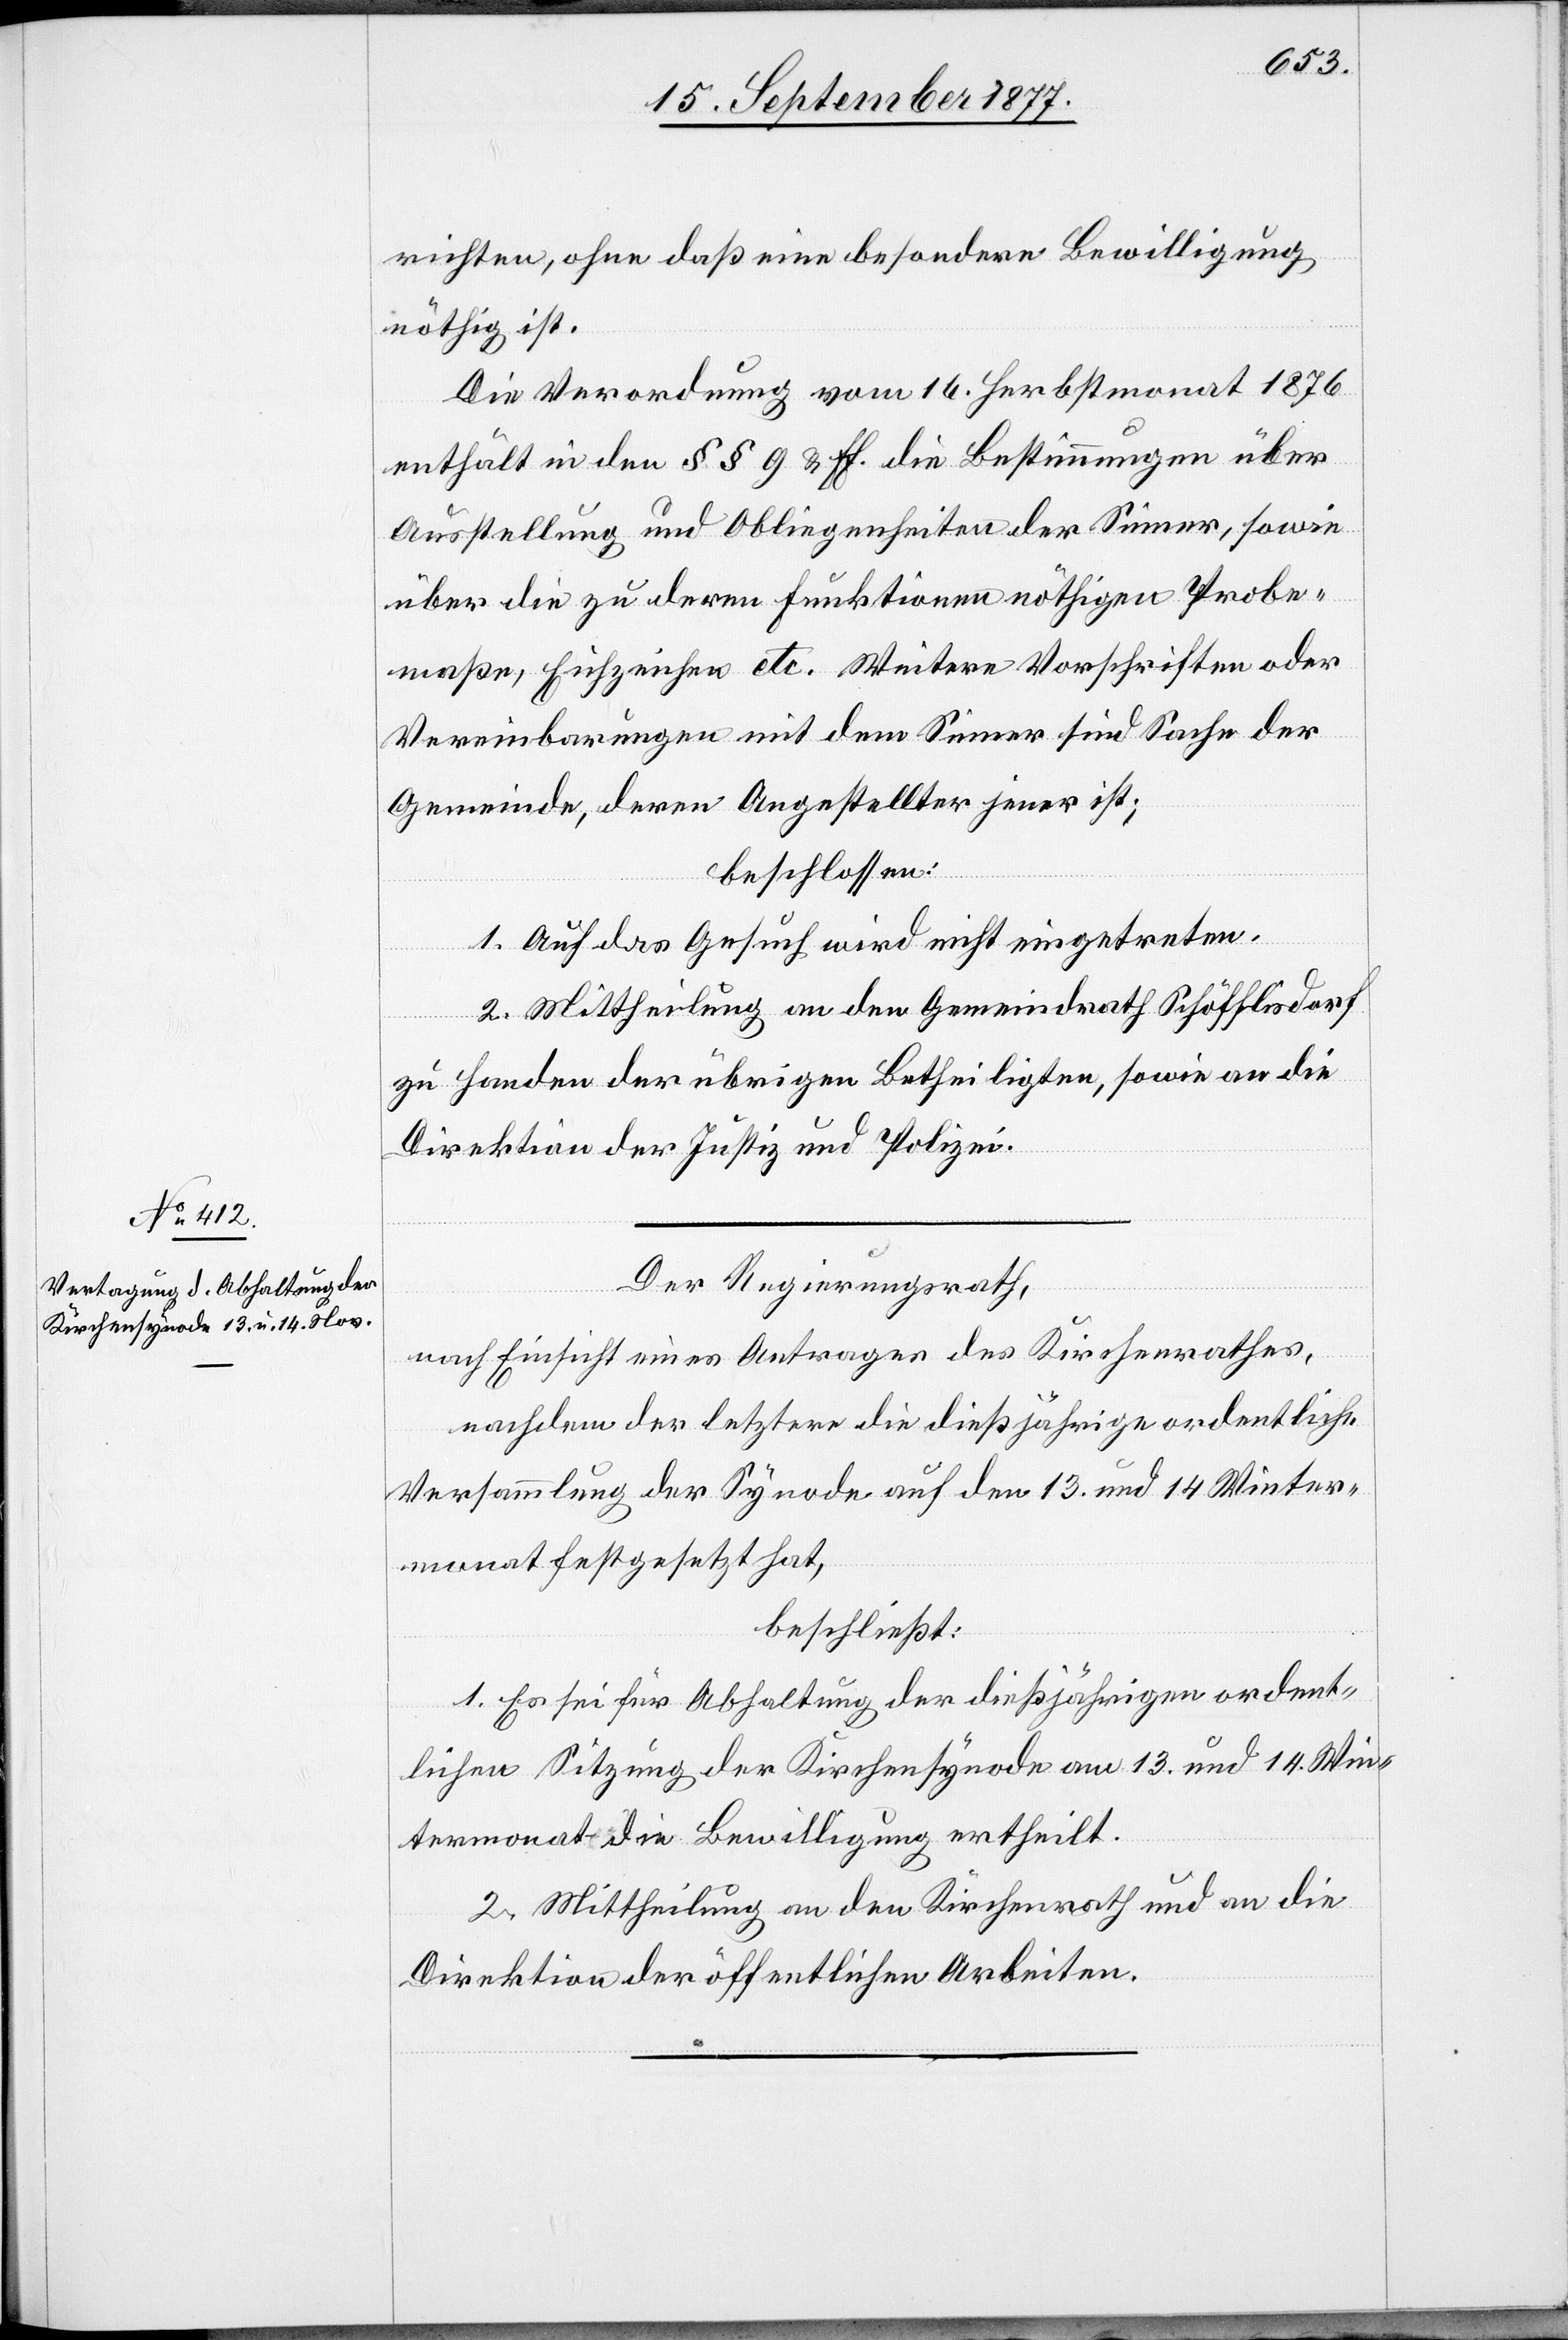
richten, ohne daß eine besondere Bewilligung
nöthig ist.
Die Verordnung vom 16. Herbstmonat 1876
enthält in den §§ 9 & ff. die Bestimmungen über
Ausstellung und Obliegenheiten der Sinner, sowie
über die zu deren Funktionen nöthigen Probe¬
maße, Eichzeichen etc. Weitere Vorschriften oder
Vereinbarungen mit dem Sinner sind Sache der
Gemeinde, deren Angestellter jener ist;
beschlossen:
1. Auf das Gesuch wird nicht eingetreten.
2. Mittheilung an den Gemeindrath Schöfflisdorf
zu Handen der übrigen Betheiligten, sowie an die
Direktion der Justiz und Polizei.
Der Regierungsrath,
nach Einsicht eines Antrages des Kirchenrathes,
nachdem der letztere die dießjährige ordentliche
Versammlung der Synode auf den 13. und 14 Winter¬
monat festgesetzt hat,
beschließt:
1. Es sei für Abhaltung der dießjährigen ordent¬
lichen Sitzung der Kirchensynode am 13. und 14. Win¬
termonat die Bewilligung ertheilt.
2. Mittheilung an den Kirchenrath und an die
Direktion der öffentlichen Arbeiten.